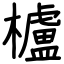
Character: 櫨